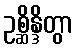
ဥစ္ဆိန္ဒိတွာ